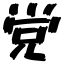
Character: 党